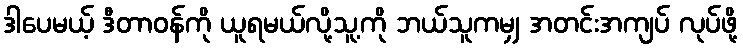
ဒါပေမယ့် ဒီတာဝန်ကို ယူရမယ်လို့သူ့ကို ဘယ်သူကမျှ အတင်းအကျပ် လုပ်ဖို့